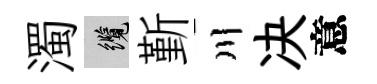
濁纜斳川决意